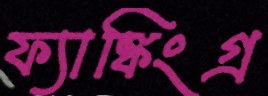
ফ্যাঙ্কিংগ্র